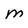
Character: M